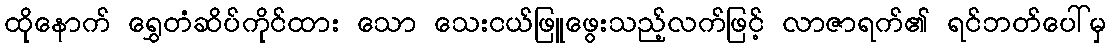
ထိုနောက် ရွှေတံဆိပ်ကိုင်ထား သော သေးငယ်ဖြူဖွေးသည့်လက်ဖြင့် လာဇာရက်၏ ရင်ဘတ်ပေါ်မှ